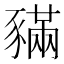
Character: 𧱼